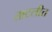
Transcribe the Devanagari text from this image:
ताटलीत